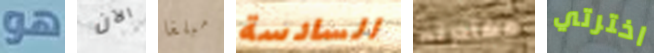
هو الآن مبلغا السادسة مغادرته اخترتي